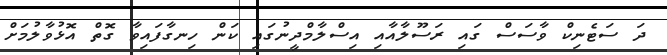
ދަ ސަޓެނިކް ވާސަސް ގައި ރަސޫލާއާއި އިސްލާމްދީނުގައި ކަން ހިނގާފައިވާ ގޮތް އޮޅުވާލުމަށް